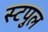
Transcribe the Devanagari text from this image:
स्टपुल